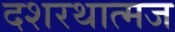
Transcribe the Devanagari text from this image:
दशरथात्मज